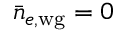
\bar { n } _ { e , \mathrm { w g } } = 0